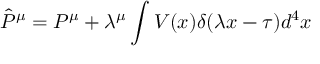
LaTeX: { \hat { P } } ^ { \mu } = P ^ { \mu } + \lambda ^ { \mu } \int V ( x ) \delta ( \lambda x - \tau ) d ^ { 4 } x